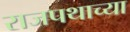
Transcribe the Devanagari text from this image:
राजपथाच्या